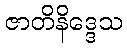
ဇာတိနိဒ္ဒေသ